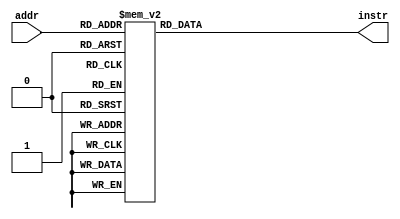
module rom_test_bgez_bltz (addr, instr);

  input [4:0] addr;
  output [31:0] instr;
  reg [31:0] instr;

/*
 * THIS TEST ROM DOES NOT WORK BECAUSE THE ADDRESSING IS OFF
 * YOU CAN RECREATE THE ROM BY CONVERTING u:\ozone\bgezbltz.s
 * Note that the jump instructions need to be converted to jump
 *  into the ROM address space
 */

 /*
 # Test program for bgez, bltz for Victor.
# Author: - The Deprived One
0x00 ori	$1,$0,0x01
0x08 ori	$3,$0,0x04
0x10 lui	$5,0x8001
0x18 lui	$7,0x7fff
0x1c lui	$8,0xffff
0x20 ori	$8,$8,0xffff
0x24 ori	$9,$0,0x0

begin:
0x28 jal	end	# jal to 0x38 begin at the end
0x2c sll	$0,$0,0
0x30 j	done
0x34 sll	$0,$0,0
end:

#
# bgez
#

test1:	# bgez equal
0x38 bgez	$9,test2
0x3c sll	$0,$0,0
0x40 j	fail1
0x44 sll	$0,$0,0

test2:	# bgez greater sml pos
0x48 bgez	$7,test3
0x4c sll	$0,$0,0
0x50 j	fail2
0x54 sll	$0,$0,0

test3:	# bgez greater big pos
0x58 bgez	$1,test4
0x5c sll	$0,$0,0
0x60 j	fail3
0x64 sll	$0,$0,0

test4:	# bgez less sml neg
0x68 bgez	$8,fail4
0x6c sll	$0,$0,0

test5:	# bgez less big neg
0x70 bgez	$5,fail5
0x74 sll	$0,$0,0

#
# bltz
#

test6:	# bltz equal
0x78 bltz	$9,fail6
0x7c sll	$0,$0,0

test7:	# bltz greater sml pos
0x80 bltz	$3,fail7
0x84 sll	$0,$0,0

test8:	# bltz greater big pos
0x88 bltz	$7,fail8
0x8c sll	$0,$0,0

test9:	# bltz less sml neg
0x90 bltz	$8,test10
0x94 sll	$0,$0,0
0x98 j	fail9
0x9c sll	$0,$0,0

test10:	# bltz less big neg
0xa0 bltz	$5,test11
0xa4 sll	$0,$0,0
0xa8 j	fail10
0xac sll	$0,$0,0

test11:
0xb0 jr	$31
0xb4 sll	$0,$0,0
fail1:
fail2:
fail3:
fail4:
fail5:
fail6:
fail7:
fail8:
fail9:
fail10:
ori	$20,$0,0xBAD
j	finish
sll	$0,$0,0
done:
ori	$20,$0,0x600D
finish:

*/
 
 
 
  // addresses converted from 32 bit byte-addressable
  // to 23-bit word-addressable
  always @ (addr)
    begin
      case(addr)
	   	  
	   5'h00: instr <= 32'h34010001;
	   5'h01: instr <= 32'h34030004;
	   5'h02: instr <= 32'h3c058001;
	   5'h03: instr <= 32'h3c077fff;
	   5'h04: instr <= 32'h3c08ffff;
	   5'h05: instr <= 32'h3508ffff;
	   5'h06: instr <= 32'h34090000;
	   5'h07: instr <= 32'h0fffffce;  // 0c00000e; // jal
	   5'h08: instr <= 32'h00000000;
	   5'h09: instr <= 32'h0bfffff1;  // 08000031;
	   5'h0a: instr <= 32'h00000000;
/* commented out b/c rom addresses is only 5 bits
 * uncomment this to run bgez tests, but then comment out bltz tests
	   // bgez tests
	   5'h0b: instr <= 32'h05210003;
	   5'h0c: instr <= 32'h00000000;
	   5'h0d: instr <= 32'h0bffffee;  // 0800002e;
	   5'h0e: instr <= 32'h00000000;
	   5'h0f: instr <= 32'h04e10003;
	   5'h10: instr <= 32'h00000000;
	   5'h11: instr <= 32'h0bffffee;
	   5'h12: instr <= 32'h00000000;
	   5'h13: instr <= 32'h04210003;
	   5'h14: instr <= 32'h00000000;
	   5'h15: instr <= 32'h0bffffee;
	   5'h16: instr <= 32'h00000000;
	   5'h17: instr <= 32'h05010013;
	   5'h18: instr <= 32'h00000000;
	   5'h19: instr <= 32'h04a10011;
	   5'h1a: instr <= 32'h00000000;
*/
	   
	   // bltz tests
	   5'h0b: instr <= 32'h0520000f; // bltz
	   5'h0c: instr <= 32'h00000000;
	   5'h0d: instr <= 32'h0460000d;
	   5'h0e: instr <= 32'h00000000;
	   5'h0f: instr <= 32'h04e0000b;
	   5'h10: instr <= 32'h00000000;
	   5'h11: instr <= 32'h05000003;
	   5'h12: instr <= 32'h00000000;
	   5'h13: instr <= 32'h0bffffee;
	   5'h14: instr <= 32'h00000000;
	   5'h15: instr <= 32'h04a0ffd7;
	   5'h16: instr <= 32'h00000000;
	   5'h17: instr <= 32'h0bffffee;
	   5'h18: instr <= 32'h00000000;

	   // ending test
	   5'h19: instr <= 32'h03e00008;
	   5'h1a: instr <= 32'h00000000;
	   5'h1b: instr <= 32'h34140bad;
	   5'h1c: instr <= 32'h0bfffff2;  // 08000032;
	   5'h1d: instr <= 32'h00000000;
	   5'h1e: instr <= 32'h3414600d;

	   default: begin
	     instr <= 32'bx; 
          //$display("Invalid ROM address: %h", addr);
	   end
	 endcase
    end
	 
endmodule